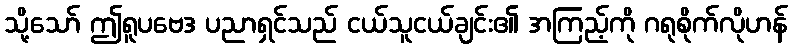
သို့သော် ဤရူပဗေဒ ပညာရှင်သည် ငယ်သူငယ်ချင်း၏ အကြည့်ကို ဂရုစိုက်လိုဟန်